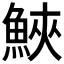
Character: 𩷟